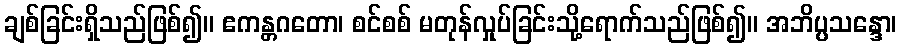
ချစ်ခြင်းရှိသည်ဖြစ်၍။ ဧကန္တဂတော၊ စင်စစ် မတုန်လှုပ်ခြင်းသို့ရောက်သည်ဖြစ်၍။ အဘိပ္ပသန္ဒော၊